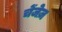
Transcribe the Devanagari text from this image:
चेंजेज़